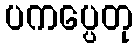
ပကပ္ပေတု